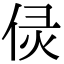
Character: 𠈳